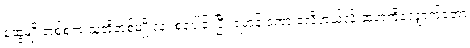
ဆွေမျိုးတစ်စုက သူတို့တစ်မျိုးလုံး စုပေါင်းပြီး ရဟန်းဒကာ ခံလိုတယ်လို့ ဆရာကိုလျှောက်တော့